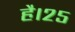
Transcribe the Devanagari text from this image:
है।२५